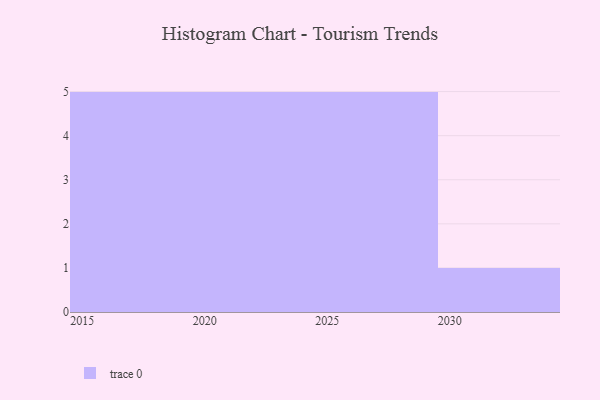
{"axis": {"x": "Year", "y": "Budget (USD K)"}, "legend": [""], "data": [{"x": "2018", "y": 77, "type": ""}, {"x": "2019", "y": 65, "type": ""}, {"x": "2023", "y": 2, "type": ""}, {"x": "2026", "y": 24, "type": ""}, {"x": "2027", "y": 43, "type": ""}, {"x": "2029", "y": 77, "type": ""}, {"x": "2030", "y": 75, "type": ""}, {"x": "2017", "y": 68, "type": ""}, {"x": "2020", "y": 33, "type": ""}, {"x": "2022", "y": 81, "type": ""}, {"x": "2016", "y": 41, "type": ""}, {"x": "2028", "y": 38, "type": ""}, {"x": "2025", "y": 54, "type": ""}, {"x": "2021", "y": 8, "type": ""}, {"x": "2015", "y": 46, "type": ""}, {"x": "2024", "y": 3, "type": ""}]}